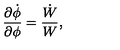
{ \frac { \partial \dot { \phi } } { \partial \phi } } = { \frac { \dot { W } } { W } } ,